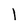
Character: l